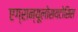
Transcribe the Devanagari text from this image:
एग्रान्यूलोसयटोसिस